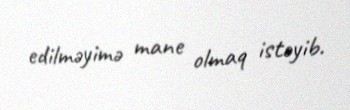
edilməyimə mane olmaq istəyib.